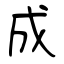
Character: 成